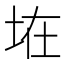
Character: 𱖞